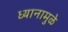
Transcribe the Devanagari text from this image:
ध्यानामुळे